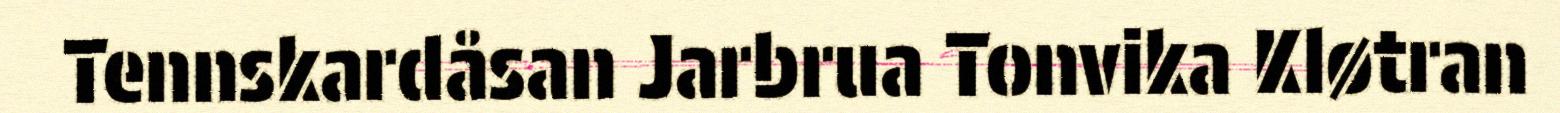
Tennskardåsan Jarbrua Tonvika Kløtran